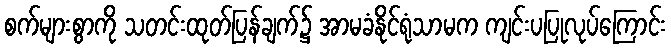
စက်များစွာကို သတင်းထုတ်ပြန်ချက်၌ အာမခံနိုင်ရုံသာမက ကျင်းပပြုလုပ်ကြောင်း